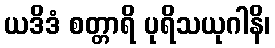
ယဒိဒံ စတ္တာရိ ပုရိသယုဂါနိ၊